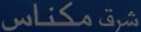
مكناس شرق